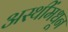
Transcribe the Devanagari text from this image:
अस्थींमधून